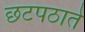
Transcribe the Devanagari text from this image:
छटपठाते